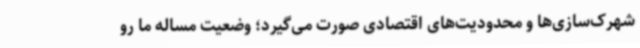
شهرک‌سازی‌ها و محدودیت‌های اقتصادی صورت می‌گیرد؛ وضعیت مساله ما رو